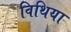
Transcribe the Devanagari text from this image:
विथिया